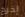
إخرج